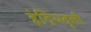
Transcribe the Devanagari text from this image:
इंद्रियवृत्ती